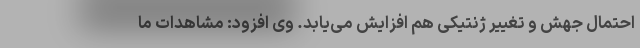
احتمال جهش و تغییر ژنتیکی هم افزایش می‌یابد. وی افزود: مشاهدات ما